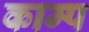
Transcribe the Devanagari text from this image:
काम्प